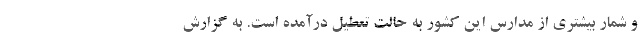
و شمار بیشتری از مدارس این کشور به حالت تعطیل درآمده‌ است. به گزارش